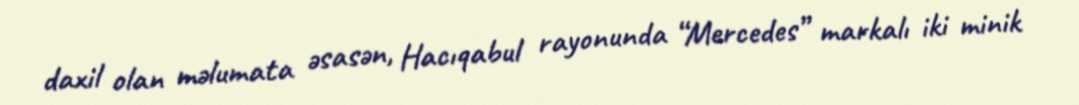
daxil olan məlumata əsasən, Hacıqabul rayonunda “Mercedes” markalı iki minik